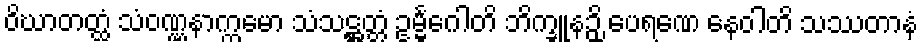
ဝိဃာတတ္ထံ သံဝဏ္ဏနာက္ကမော သံသဋ္ဌတ္တံ ဥမ္မင်္ဂေါတိ ဘိက္ခူနဉှိ ပေရဏေ နေဝါတိ သဿတာနံ